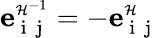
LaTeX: {\mathbf e}_{{\mathrm{~i~}}{\mathrm{~j~}}}^{\scriptscriptstyle\mathcal{H}^{-1}}=-{\mathbf e}_{{\mathrm{~i~}}{\mathrm{~j~}}}^{\scriptscriptstyle\mathcal{H}}